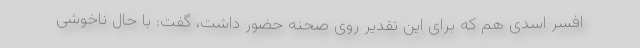
افسر اسدی هم که برای این تقدیر روی صحنه حضور داشت، گفت: با حال ناخوشی